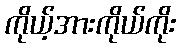
ကိုယ့်အားကိုယ်ကိုး